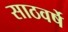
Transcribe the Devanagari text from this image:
साठवर्षे